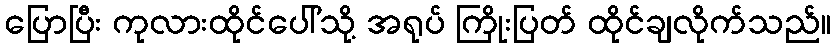
ပြောပြီး ကုလားထိုင်ပေါ်သို့ အရုပ် ကြိုးပြတ် ထိုင်ချလိုက်သည်။